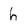
Character: h